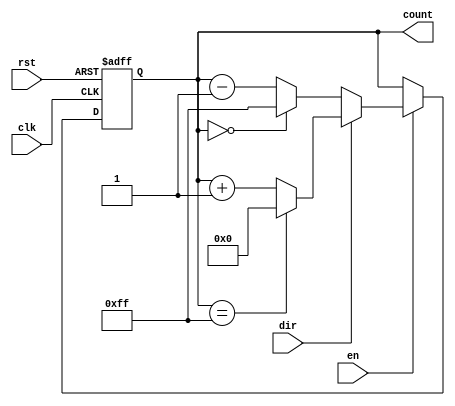
module MultiBitCounter #(
    parameter WIDTH = 8,          // Number of bits in the counter
    parameter MIN_VALUE = 0,      // Minimum value of the counter
    parameter MAX_VALUE = (1 << WIDTH) - 1 // Maximum value of the counter
)(
    input wire clk,               // Clock signal
    input wire rst,               // Reset signal (active high)
    input wire en,                // Enable signal
    input wire dir,               // Direction signal (1 for up, 0 for down)
    output reg [WIDTH-1:0] count  // Current counter value
);

    always @(posedge clk or posedge rst) begin
        if (rst) begin
            // Asynchronous reset
            count <= MIN_VALUE;   // Reset counter to minimum value
        end else if (en) begin
            // Counting operation based on direction
            if (dir) begin
                // Up counting
                if(count == MAX_VALUE)
                    count <= MIN_VALUE; // Wrap around to minimum value
                else
                    count <= count + 1;  // Increment counter
            end else begin
                // Down counting
                if(count == MIN_VALUE)
                    count <= MAX_VALUE; // Wrap around to maximum value
                else
                    count <= count - 1;  // Decrement counter
            end
        end
        // If enable is not asserted, hold the current count value
    end

endmodule